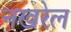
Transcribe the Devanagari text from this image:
नखरेल